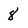
Character: 8